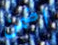
اضمن